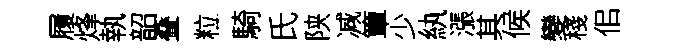
履烽執韶叠粒騎氏陕减簟少紈漲其候變棧佀